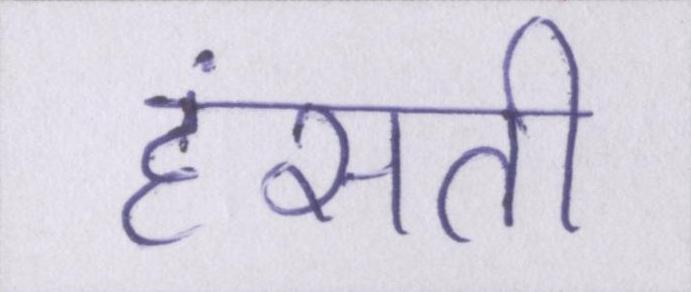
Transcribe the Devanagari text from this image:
हंसती